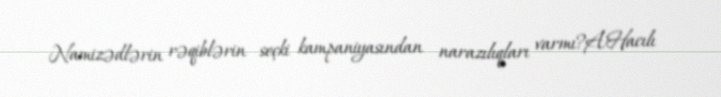
Namizədlərin rəqiblərin seçki kampaniyasından narazılıqları varmı?A.Hacılı